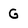
Character: G